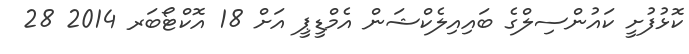
ކޮޮޅުފުށީ ކައުންސިލްގެ ބައިއިލެކްޝަން އެމްޑީޕީ އަށް 18 އޮކްޓޯބަރ 2014 28